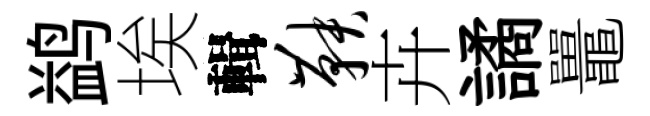
鹢埃輯鞅卉譎鼉